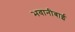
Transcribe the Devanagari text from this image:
भवानीबाई